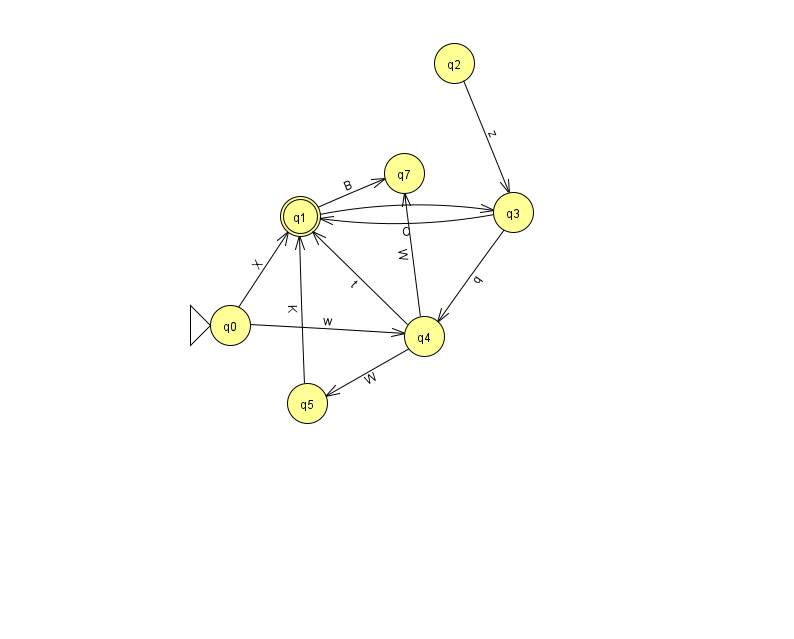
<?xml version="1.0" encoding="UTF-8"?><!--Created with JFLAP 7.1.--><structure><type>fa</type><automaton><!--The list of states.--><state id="0" name="q0"><x>230.0</x><y>312.0</y><initial/></state><state id="1" name="q1"><x>300.0</x><y>203.0</y><final/></state><state id="2" name="q2"><x>454.0</x><y>50.0</y></state><state id="3" name="q3"><x>513.0</x><y>199.0</y></state><state id="4" name="q4"><x>424.0</x><y>323.0</y></state><state id="5" name="q5"><x>307.0</x><y>390.0</y></state><state id="7" name="q7"><x>404.0</x><y>160.0</y></state><!--The list of transitions.--><transition><from>0</from><to>1</to><read>X</read></transition><transition><from>1</from><to>3</to><read>i</read></transition><transition><from>4</from><to>5</to><read>W</read></transition><transition><from>3</from><to>4</to><read>q</read></transition><transition><from>4</from><to>7</to><read>W</read></transition><transition><from>0</from><to>4</to><read>w</read></transition><transition><from>5</from><to>1</to><read>K</read></transition><transition><from>2</from><to>3</to><read>z</read></transition><transition><from>3</from><to>1</to><read>C</read></transition><transition><from>1</from><to>7</to><read>B</read></transition><transition><from>4</from><to>1</to><read>t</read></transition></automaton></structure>